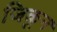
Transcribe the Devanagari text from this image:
जिकून